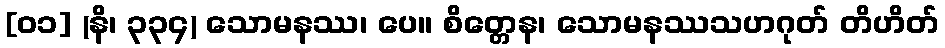
[၀၁] (နိ၊ ၃၃၄) သောမနဿ၊ ပေ။ စိတ္တေန၊ သောမနဿသဟဂုတ် တိဟိတ်